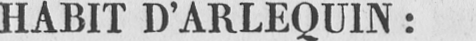
HABIT D’ARLEQUIN: